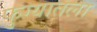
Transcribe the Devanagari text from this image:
फुग्यातला